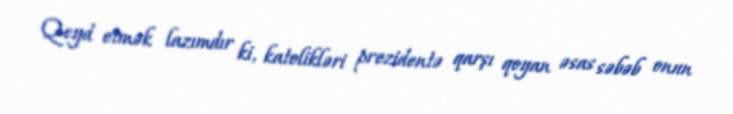
Qeyd etmək lazımdır ki, katolikləri prezidentə qarşı qoyan əsas səbəb onun